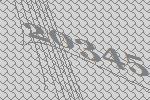
20345